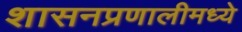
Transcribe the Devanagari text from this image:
शासनप्रणालीमध्ये